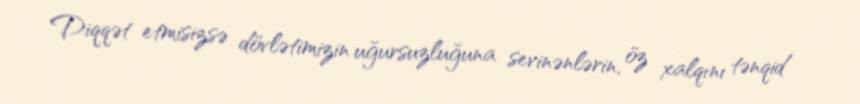
Diqqət etmisizsə dövlətimizin uğursuzluğuna sevinənlərin, öz xalqını tənqid